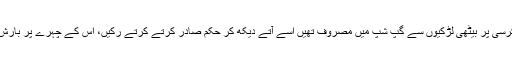
تائی مہتاب جو برآمدے میں کرسی پر بیٹھی لڑکیوں سے گپ شپ میں مصروف تھیں اسے آتے دیکھ کر حکم صادر کرتے کرتے رکیں، اس کے چہرے پر بارش میں کھیلنے کا شوق رقم تھا۔